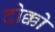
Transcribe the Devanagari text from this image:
दोक्को